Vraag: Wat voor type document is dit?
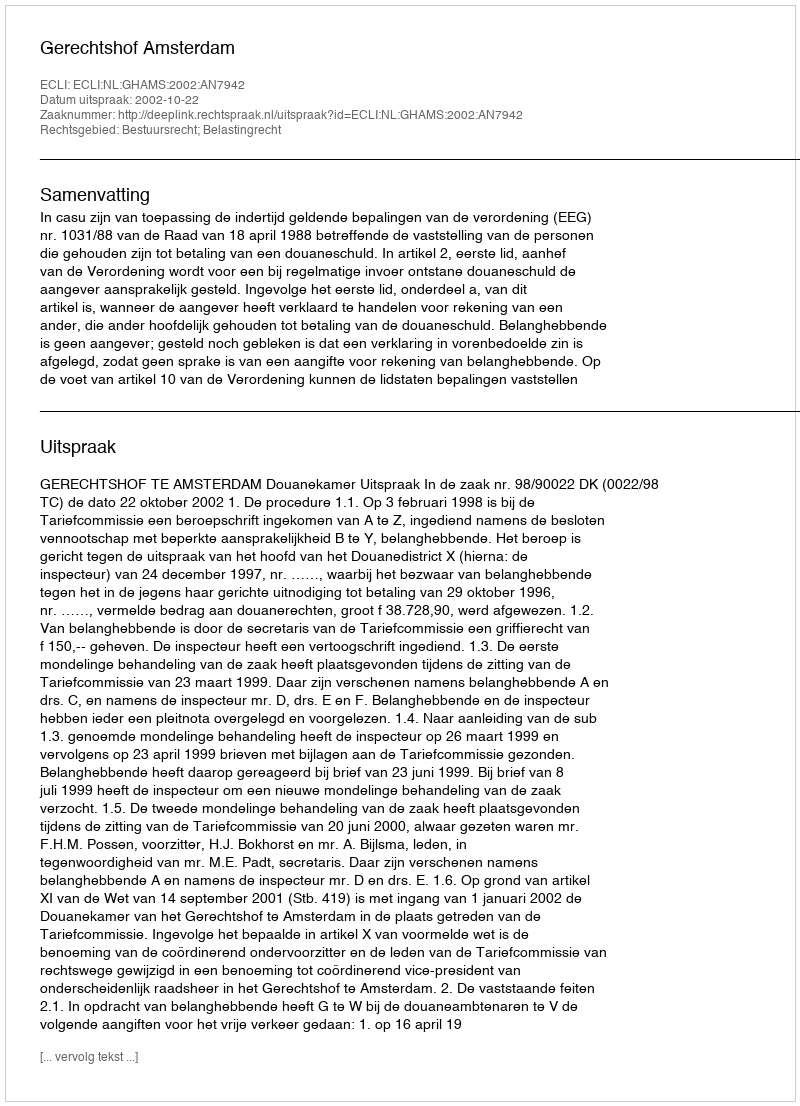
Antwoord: Uitspraak